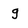
Character: g